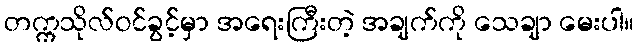
တက္ကသိုလ်ဝင်ခွင့်မှာ အရေးကြီးတဲ့ အချက်ကို သေချာ မေးပါ။